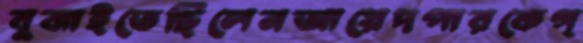
বুঝাইতেছিলেনআয়েদপারকেগ্